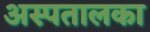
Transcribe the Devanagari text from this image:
अस्पतालका